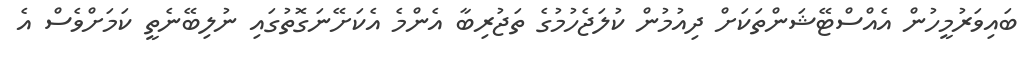
ބައިވަރުމީހުން އެއްސްޓޭޝަންތަކަށް ދިއުމުން ކުލަޖެހުމުގެ ތަޖުރިބާ އެންމެ އެކަށޭނަގޮތުގައި ނުލިބޭނެތީ ކަމަށްވެސް އެ